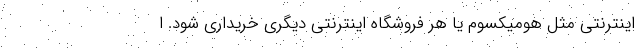
اینترنتی مثل هومیکسوم یا هر فروشگاه اینترنتی دیگری خریداری شود. ا